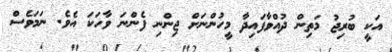
އަކީ ބުރިޖު މަތިން ދުއްވާފައިދާ މީހުންނަށް ޖިންނި ފެންނަ ވާހަކަ އެވެ. ނަމަވެސް